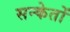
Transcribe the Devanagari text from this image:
सन्केतों